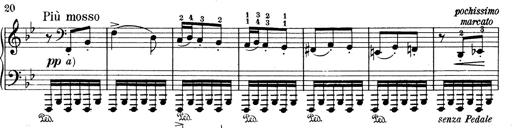
Title: Mephisto Waltz No.1
Composer: Franz Liszt